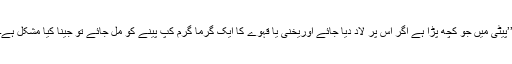
’’پیٹی میں جو کچھ پڑا ہے اگر اس پر لاد دیا جائے اوریخنی یا قہوے کا ایک گرما گرم کپ پینے کو مل جائے تو جینا کیا مشکل ہے۔